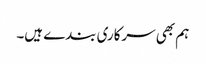
ہم بھی سرکاری بندے ہیں۔